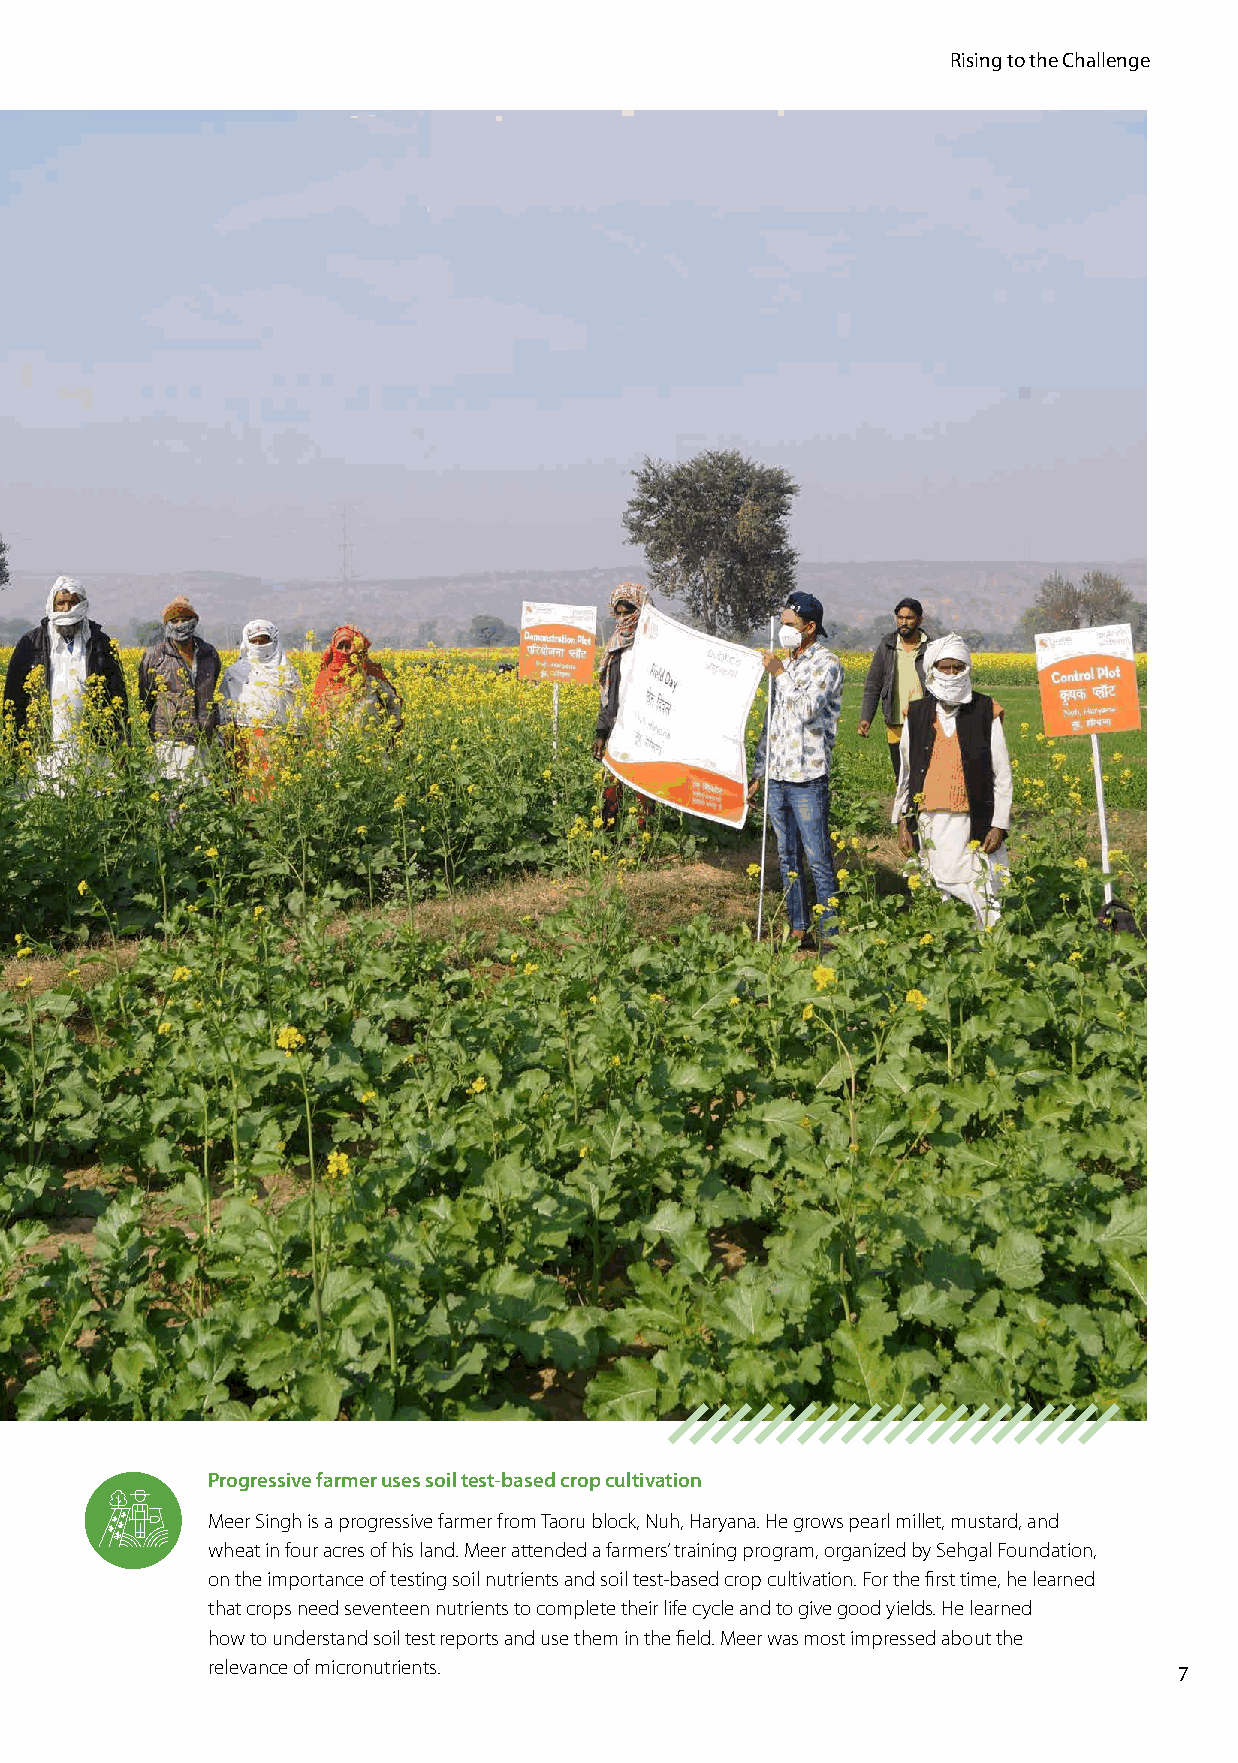
Rising to the Challenge
 Progressive farmer uses soil test-based crop cultivation
 Meer Singh is a progressive farmer from Taoru block, Nuh, Haryana. He grows pearl millet, mustard, and
 wheat in four acres of his land. Meer attended a farmers’ training program, organized by Sehgal Foundation,
 on the importance of testing soil nutrients and soil test-based crop cultivation. For the first time, he learned
 that crops need seventeen nutrients to complete their life cycle and to give good yields. He learned
 how to understand soil test reports and use them in the field. Meer was most impressed about the
 relevance of micronutrients.
 7